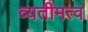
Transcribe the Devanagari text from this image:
व्यतीमत्व